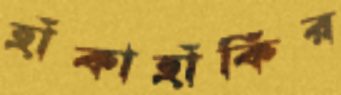
হাঁকাহাঁকির